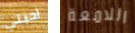
أحبني اللامعة